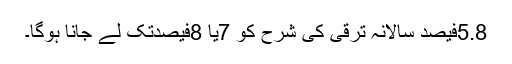
5.8فیصد سالانہ ترقی کی شرح کو 7یا 8فیصدتک لے جانا ہوگا۔